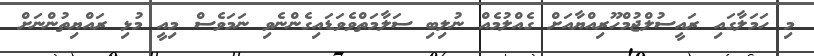
މި ހަމަލާގައި ރައީސުލްޖުމްހޫރިއްޔާއަށް ގެއްލުމެއް ނުލިބި ސަލާމަތްވެވަޑައިގެންނެވި ނަމަވެސް މިއީ މުޅި ރައްޔިތުންނަށް